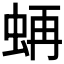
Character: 𧋁